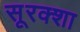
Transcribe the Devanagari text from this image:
सूरक्शा